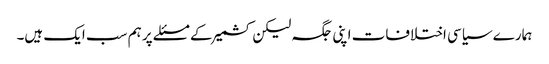
ہمارے سیاسی اختلافات اپنی جگہ لیکن کشمیر کے مسئلے پر ہم سب ایک ہیں۔